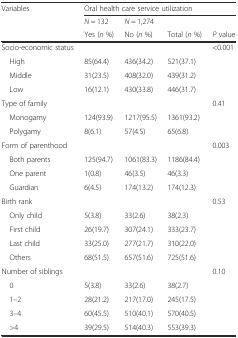
| Variables | <COLSPAN=4> Oral health care service utilization |
 |  | N = 132 | N = 1,274 |  |  |
 |  | Yes (n %) | No (n %) | Total (n %) | P value |
 | --- | --- | --- | --- | --- |
 | Socio-economic status |  |  |  | <0.001 |
 | High | 85(64.4) | 436(34.2) | 521(37.1) |  |
 | Middle | 31(23.5) | 408(32.0) | 439(31.2) |  |
 | Low | 16(12.1) | 430(33.8) | 446(31.7) |  |
 | Type of family |  |  |  | 0.41 |
 | Monogamy | 124(93.9) | 1217(95.5) | 1361(93.2) |  |
 | Polygamy | 8(6.1) | 57(4.5) | 65(6.8) |  |
 | Form of parenthood |  |  |  | 0.003 |
 | Both parents | 125(94.7) | 1061(83.3) | 1186(84.4) |  |
 | One parent | 1(0.8) | 46(3.5) | 46(3.3) |  |
 | Guardian | 6(4.5) | 174(13.2) | 174(12.3) |  |
 | Birth rank |  |  |  | 0.53 |
 | Only child | 5(3.8) | 33(2.6) | 38(2.3) |  |
 | First child | 26(19.7) | 307(24.1) | 333(23.7) |  |
 | Last child | 33(25.0) | 277(21.7) | 310(22.0) |  |
 | Others | 68(51.5) | 657(51.6) | 725(51.6) |  |
 | Number of siblings |  |  |  | 0.10 |
 | 0 | 5(3.8) | 33(2.6) | 38(2.7) |  |
 | 1–2 | 28(21.2) | 217(17.0) | 245(17.5) |  |
 | 3–4 | 60(45.5) | 510(40.1) | 570(40.5) |  |
 | >4 | 39(29.5) | 514(40.3) | 553(39.3) |  |